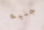
جنيه